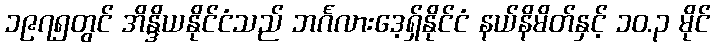
၁၉၇၅တွင် အိန္ဒိယနိုင်ငံသည် ဘင်္ဂလားဒေ့ရှ်နိုင်ငံ နယ်နိမိတ်နှင့် ၁၀.၃ မိုင်